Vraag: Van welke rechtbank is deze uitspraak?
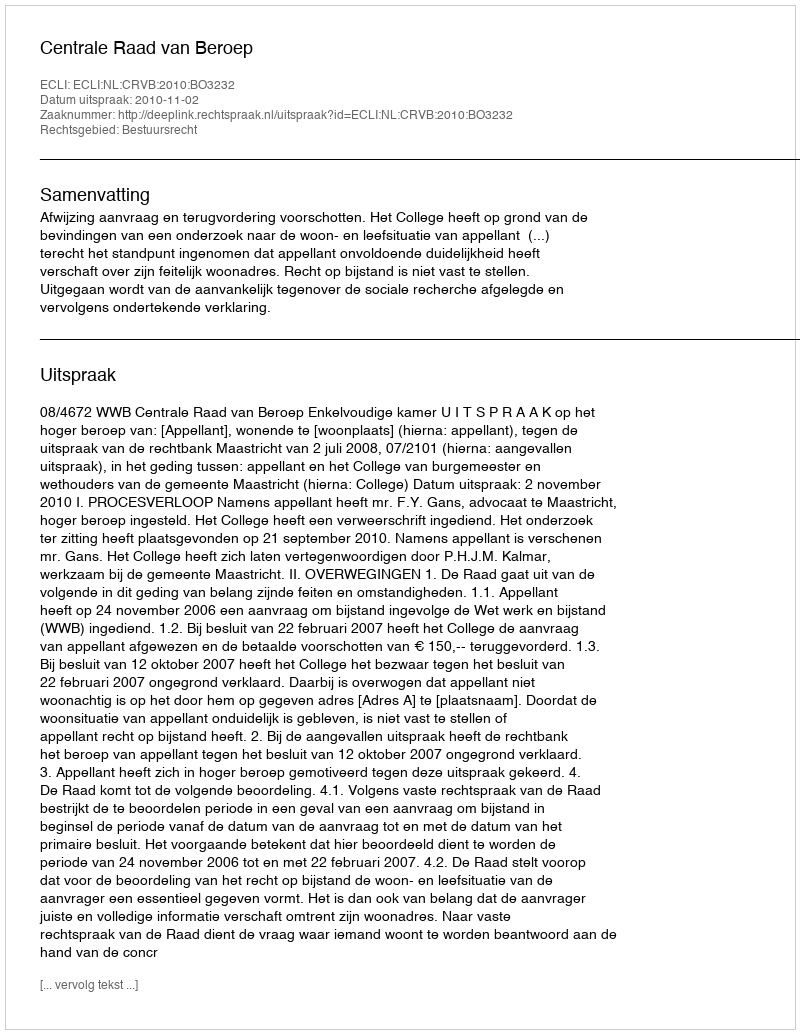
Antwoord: Centrale Raad van Beroep